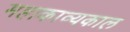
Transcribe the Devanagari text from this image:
महाकाव्‍यकाल